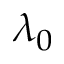
\lambda _ { 0 }